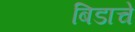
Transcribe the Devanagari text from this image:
बिडाचे